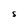
Character: S